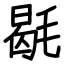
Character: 毼